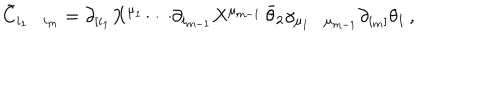
\tilde { C } _ { i _ { 1 } \ldots i _ { m } } = \partial _ { [ i _ { 1 } } X ^ { \mu _ { 1 } } \cdots \partial _ { i _ { m - 1 } } X ^ { \mu _ { m - 1 } } \, \bar { \theta } _ { 2 } \gamma _ { \mu _ { 1 } \ldots \mu _ { m - 1 } } \partial _ { i _ { m } ] } \theta _ { 1 } \, ,